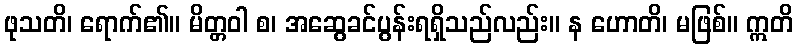
ဖုသတိ၊ ရောက်၏။ မိတ္တဝါ စ၊ အဆွေခင်ပွန်းရရှိသည်လည်း။ န ဟောတိ၊ မဖြစ်။ ဣတိ